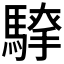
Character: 𮪐